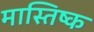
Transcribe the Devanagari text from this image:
मास्तिष्क